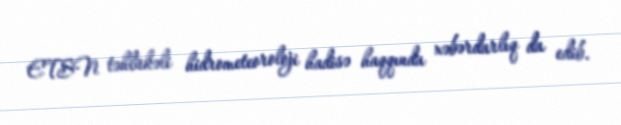
ETSN təhlükəli hidrometeoroloji hadisə haqqında xəbərdarlıq da edib.